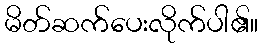
မိတ်ဆက်ပေးလိုက်ပါ၏။